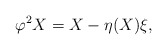
\begin{align*}\varphi^2 X = X - \eta(X)\xi,\end{align*}